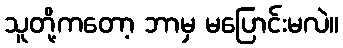
သူတို့ကတော့ ဘာမှ မပြောင်းမလဲ။